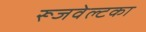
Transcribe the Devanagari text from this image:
रूजवेल्टका